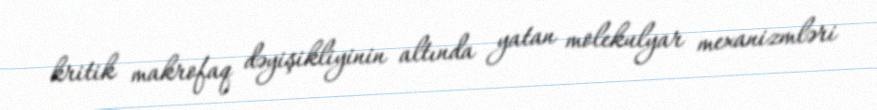
kritik makrofaq dəyişikliyinin altında yatan molekulyar mexanizmləri